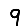
Digit: 9